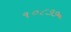
૧૦૮૭૭